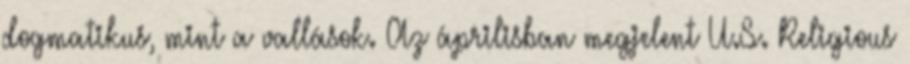
dogmatikus, mint a vallások. Az áprilisban megjelent U.S. Religious